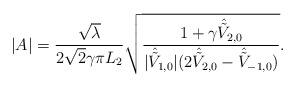
LaTeX: \begin{align*}|A|=\frac{\sqrt{\lambda}}{2\sqrt{2}\gamma\pi L_2} \sqrt{\frac{1+\gamma\hat{\tilde{V}}_{2,0}}{|\hat{\tilde{V}}_{1,0}|(2\hat{\tilde{V}}_{2,0}-\hat{\tilde{V}}_{-1,0})}}.\end{align*}